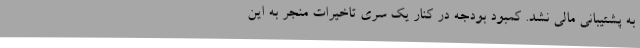
به پشتیبانی مالی نشد. کمبود بودجه در کنار یک سری تاخیرات منجر به این